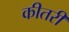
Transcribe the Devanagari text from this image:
कीतरी